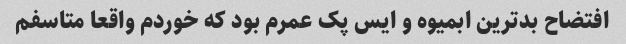
افتضاح بدترین ابمیوه و ایس پک عمرم بود که خوردم واقعا متاسفم